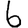
Digit: 6